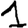
Digit: 1